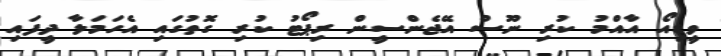
ވީޑިއޯ އާއްމު ކުރި ނޫސް އޭޖެންސީން ރިޕޯޓު ކުރި ގޮތުގައި އެހަމަލާ ދީފައި